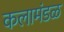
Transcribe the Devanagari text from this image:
कलामंडळ